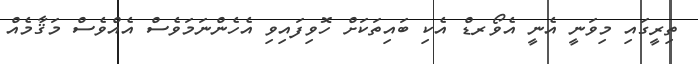
ތިރީގައި މިވަނީ އެނީ އެވޯރޑް އެކި ބައިތަކަށް ހޮވިފައިވި އެހެންނަމަވެސް އެއްވެސް މަޤާމެއް